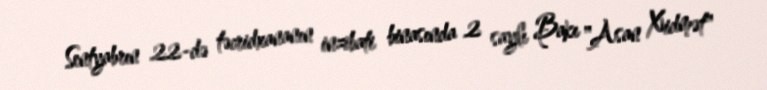
Sentyabrın 22-də təcridxananın inzibati binasında 2 saylı Bakı "Asan Xidmət"